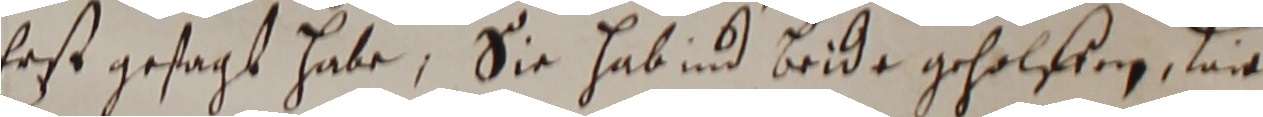
Erst gesagt habe, sie habind beide geholffen, wie